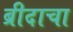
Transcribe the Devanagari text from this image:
ब्रीदाचा